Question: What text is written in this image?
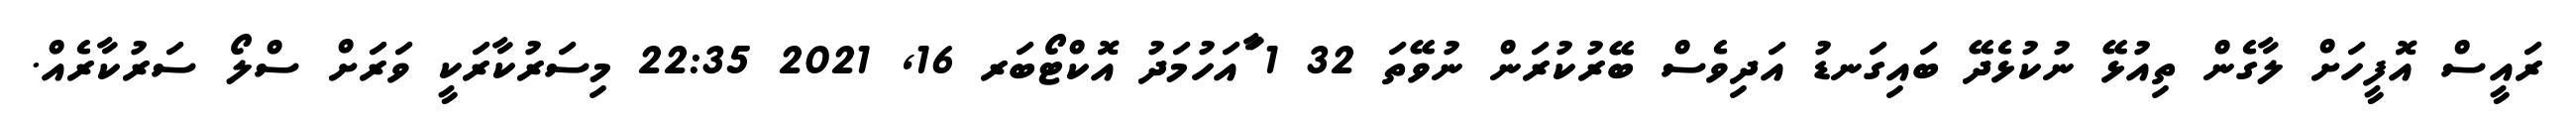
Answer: ރައީސް އޮފީހަށް ލާގެން ތިއުޅޭ ނުކުޅެދޭ ބައިގަނޑު އަދިވެސް ބޭރުކުރަން ނުވޭތަ 32 1 ާައަހުމަދު އޮކްޓޯބަރ 16, 2021 22:35 މިސަރުކާރަކީ ވަރަށް ސްލޯ ސަރުކާރެއް.